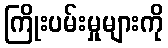
ကြိုးပမ်းမှုများကို